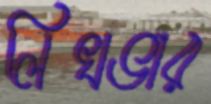
লিখভার